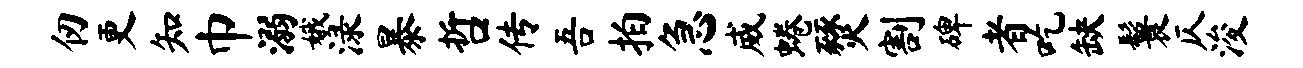
仞更知巾溺娥渌暴哲传吾拍急威蜷燹割碑者吃缺鬟仄浚